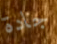
جادة